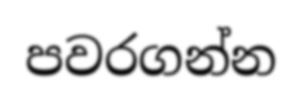
පවරගන්න